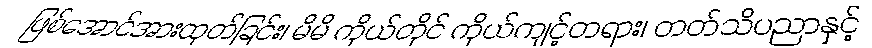
ဖြစ်အောင်အားထုတ်ခြင်း၊ မိမိ ကိုယ်တိုင် ကိုယ်ကျင့်တရား၊ တတ်သိပညာနှင့်